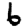
Digit: 6